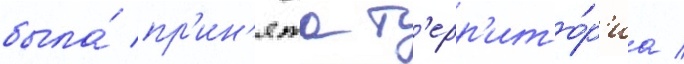
была́ пр'ин'ята т'ерр'ито́р'иа /